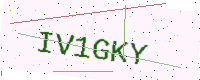
Text: IV1GKY